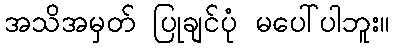
အသိအမှတ် ပြုချင်ပုံ မပေါ်ပါဘူး။